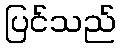
ပြင်သည်